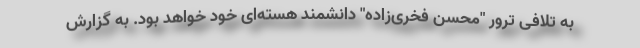
به تلافی ترور "محسن فخری‌زاده" دانشمند هسته‌ای خود خواهد بود. به گزارش